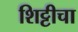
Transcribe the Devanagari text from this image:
शिट्टीचा